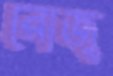
রোজু